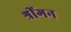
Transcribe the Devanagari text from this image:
श्रींगन